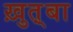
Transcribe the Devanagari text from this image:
ख़ुत़्बा